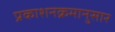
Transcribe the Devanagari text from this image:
प्रकाशनक्रमानुसार